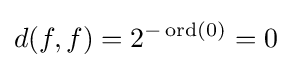
d(f,f)=2^{-\operatorname {ord} (0)}=0